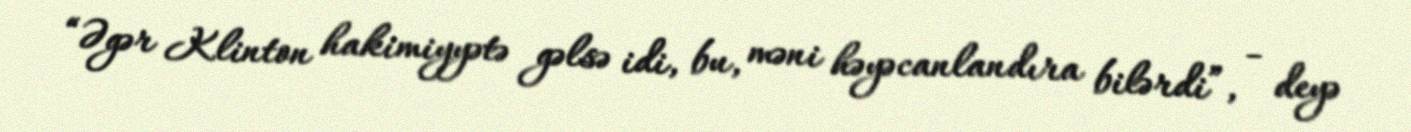
“Əgər Klinton hakimiyyətə gəlsə idi, bu, məni həyəcanlandıra bilərdi”, - deyə